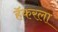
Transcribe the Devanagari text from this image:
हॅकरला